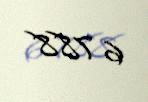
6 788